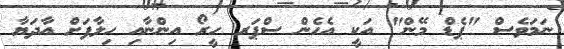
ނަމަވެސް "ޕެޑް މޭން" އަކީ އެހެން ސްޕަރ ހީރޯ އިންނާއި ހިލާފަށް އާދަޔާ